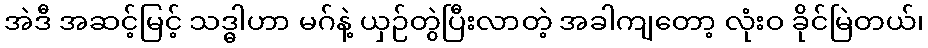
အဲဒီ အဆင့်မြင့် သဒ္ဓါဟာ မဂ်နဲ့ ယှဉ်တွဲပြီးလာတဲ့ အခါကျတော့ လုံးဝ ခိုင်မြဲတယ်၊